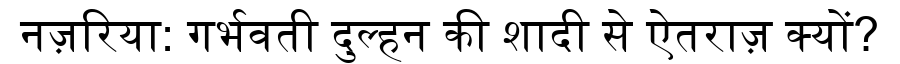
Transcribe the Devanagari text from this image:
नज़रिया: गर्भवती दुल्हन की शादी से ऐतराज़ क्यों?